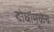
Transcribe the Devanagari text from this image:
दोघांमुळेच